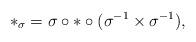
LaTeX: \begin{align*}\ast_{\sigma} = \sigma\circ\ast\circ(\sigma^{-1} \times \sigma^{-1}),\end{align*}